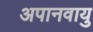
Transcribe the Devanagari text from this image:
अपानवायु